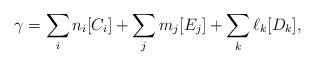
LaTeX: \begin{align*} \gamma = \sum_in_i[C_i]+ \sum_jm_j[E_j] + \sum_k\ell_k[D_k],\end{align*}